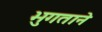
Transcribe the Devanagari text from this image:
भुगताने